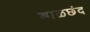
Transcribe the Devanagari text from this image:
बाळछंद